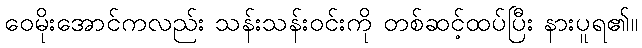
ဝေမိုးအောင်ကလည်း သန်းသန်းဝင်းကို တစ်ဆင့်ထပ်ပြီး နားပူရ၏။